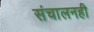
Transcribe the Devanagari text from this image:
संचालनही